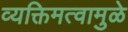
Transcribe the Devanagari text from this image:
व्यक्तिमत्वामुळे